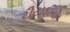
રીટાડીની